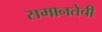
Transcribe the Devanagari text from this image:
समानतेची